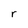
Character: r